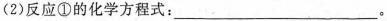
(2)反应①的化学方程式：___。